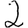
Digit: 2